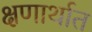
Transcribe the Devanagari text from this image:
क्षणार्थात